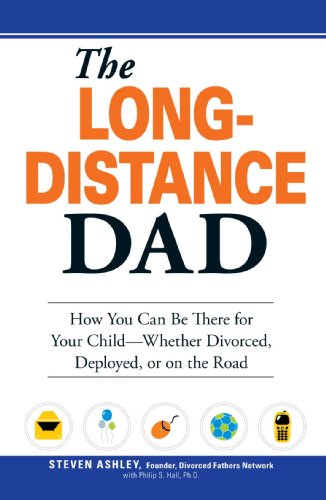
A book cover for The Long-Distance Dad: How You Can Be There for Your Child-Whether Divorced, Deployed, or On-the road.; Steven Ashley; Parenting & Relationships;